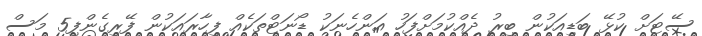
ސޭޓަށް ކުޅޭ ބަޑިއަކުން ބިރު ދެއްކުމަށްފަހު އަންހެނަކު ޑޯނަޓްތަކެއް ފިހާރައަކުން ފޭރިގެންފި5 މަސް